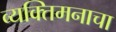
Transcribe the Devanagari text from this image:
व्यक्तिमनाचा